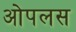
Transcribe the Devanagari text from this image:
ओपलस